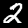
Digit: 2